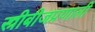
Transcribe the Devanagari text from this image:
स्त्रीबीजप्रणाली